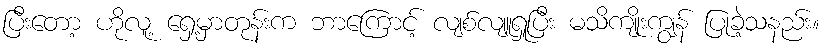
ပြီးတော့ ဟိုလူ့ ရှေ့မှာတုန်းက ဘာကြောင့် လျစ်လျူရှုပြီး မသိကျိုးကျွန် ပြုခဲ့သနည်း။